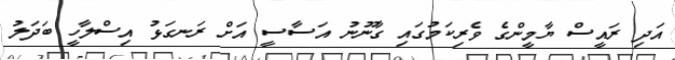
އަދި ރައީސް ޔާމީންގެ ވެރިކަމުގައި ގާނޫނު އަސާސީ އަށް ރަނގަޅު އިސްލާހީ ބަދަލު